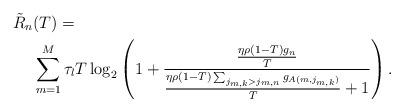
LaTeX: \begin{align*}\tilde{R}_n&(T)=\\&\sum_{m=1}^{M}\tau_lT\log_2\left(1+\frac{\frac{\eta\rho(1-T) g_n}{T}}{\frac{\eta\rho(1-T)\sum_{j_{m,k}>j_{m,n}}g_{A(m,j_{m,k})}}{T}+1}\right).\end{align*}